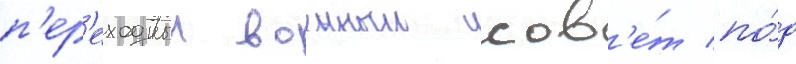
п'ер'еходныи военныи сов'е́т по́д